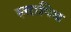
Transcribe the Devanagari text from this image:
स्त्तापिथ